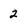
Character: 2